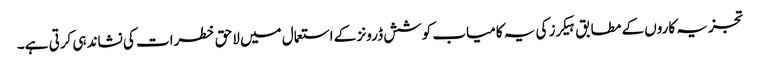
تجزیہ کاروں کے مطابق ہیکرز کی یہ کامیاب کوشش ڈرونز کے استعمال میں لاحق خطرات کی نشاندہی کرتی ہے۔